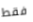
فقط